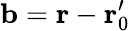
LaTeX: \mathbf{b}=\mathbf{r}-\mathbf{r}_{0}^{\prime}